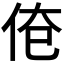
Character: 𰁱